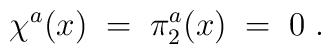
\chi^a (x) \;=\;  \pi_2^a (x) \;=\; 0 \;.